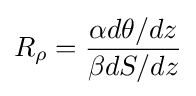
R_{\rho }={\frac {\alpha d\theta /dz}{\beta dS/dz}}